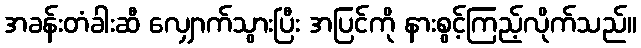
အခန်းတံခါးဆီ လျှောက်သွားပြီး အပြင်ကို နားစွင့်ကြည့်လိုက်သည်။